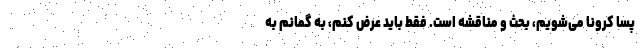
پسا کرونا می‌شویم، بحث و مناقشه است. فقط باید عرض کنم، به گمانم به